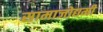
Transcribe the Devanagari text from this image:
सामाजोद्यमी